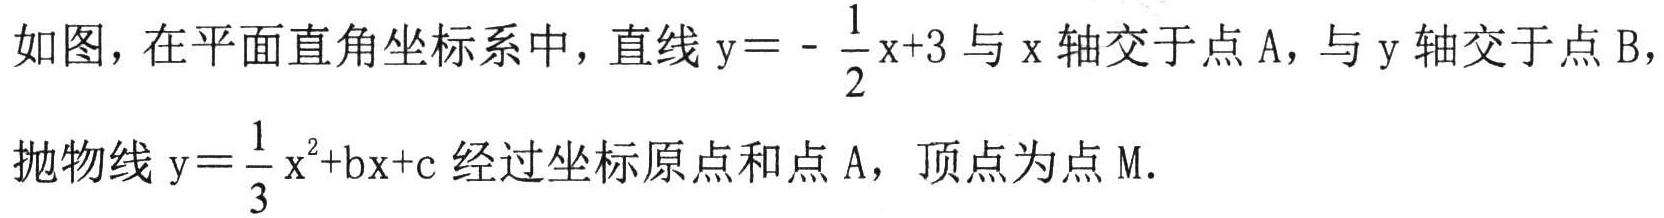
如图，在平面直角坐标系中，直线$y = -\frac{1}{2}x + 3$与$x$轴交于点$A$，与$y$轴交于点$B$，抛物线$y=\frac{1}{3}x^{2}+bx + c$经过坐标原点和点$A$，顶点为点$M.$